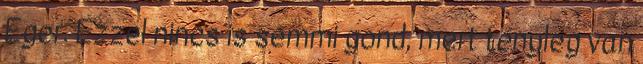
Eger. Ezzel nincs is semmi gond, mert tényleg van